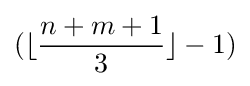
(\lfloor {\frac {n+m+1}{3}}\rfloor -1)